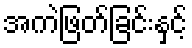
အကဲဖြတ်ခြင်းနှင့်